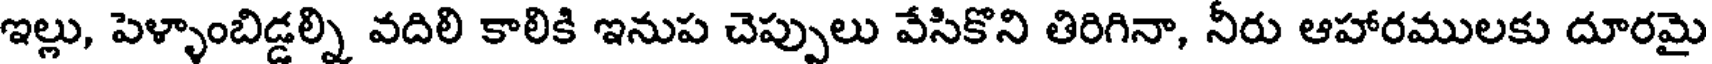
ఇల్లు, పెళ్ళాంబిడ్డల్ని వదిలి కాలికి ఇనుప చెప్పులు వేసికొని తిరిగినా, నీరు ఆహారములకు దూరమై